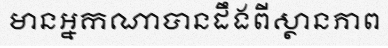
មានអ្នកណាបានដឹងពីស្ថានភាព